Leaving Certificate Examination (including Day School Certificate (Higher) General paper), 1935
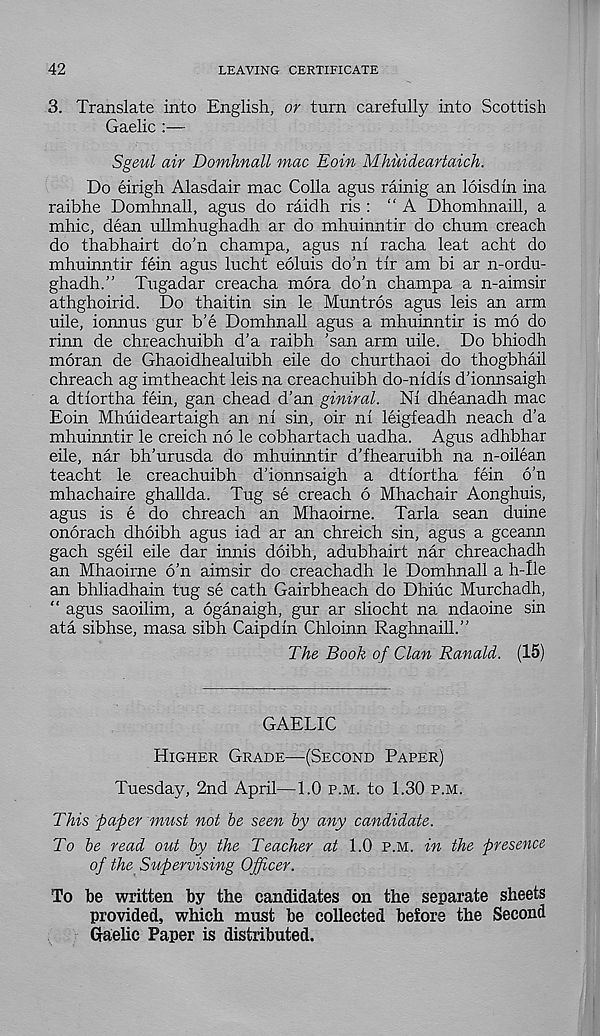
42
LEAVING CERTIFICATE
3. Translate into English, or turn carefully into Scottish
Gaelic :—
Sgeul air Domhnall mac Eoin Mhuideartaich.
Do eirigh Alasdair mac Colla agus rainig an loisdin ina
raibhe Domhnall, agus do raidh ris : “A Dhomhnaill, a
mhic, dean ullmhughadh ar do mhuinntir do chum creach
do thabhairt do’n champa, agus ni racha leat acht do
mhuinntir fein agus lucht eoluis do’n tir am bi ar n-ordu-
ghadh.” Tugadar creacha mora do’n champa a n-aimsir
athghoirid. Do thaitin sin le Muntros agus leis an arm
uile, ionnus gur b’e Domhnall agus a mhuinntir is mo do
rinn de chreachuibh d’a raibh ’san arm uile. Do bhiodh
moran de Ghaoidhealuibh eile do churthaoi do thogbhail
chreach ag imtheacht leis na creachuibh do-nidis d’ionnsaigh
a dtiortha fein, gan chead d’an giniral. Ni dheanadh mac
Eoin Mhuideartaigh an ni sin, oir ni leigfeadh neach d’a
mhuinntir le creich no le cobhartach uadha. Agus adhbhar
eile, nar bh’urusda do mhuinntir d’fhearuibh na n-oilean
teacht le creachuibh d’ionnsaigh a dtiortha fein 6’n
mhachaire ghallda. Tug se creach 6 Mhachair Aonghuis,
agus is e do chreach an Mhaoirne. Tarla sean duine
onorach dhoibh agus iad ar an chreich sin, agus a gceann
gach sgeil eile dar innis doibh, adubhairt nar chreachadh
an Mhaoirne 6’n aimsir do creachadh le Domhnall a h-lle
an bhliadhain tug se cath Gairbheach do Dhiuc Murchadh,
“ agus saoilim, a oganaigh, gur ar sliocht na ndaoine sin
ata sibhse, masa sibh Caipdin Chloinn Raghnaill.”
The Book of Clan Ranald. (15)
GAELIC
Higher Grade—(Second Paper)
Tuesday, 2nd April—1.0 p.m. to 1.30 p.m.
This -paper must not be seen by any candidate.
To be read out by the Teacher at 1.0 p.m. in the presence
of the Supervising Officer.
To be written by the candidates on the separate sheets
provided, which must be collected before the Second
Gaelic Paper is distributed.